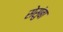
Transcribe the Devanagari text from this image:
सेसुंबा